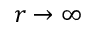
r \rightarrow \infty